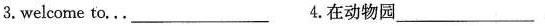
3.welcome to… ___ 4.在动物园___